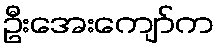
ဦးအေးကျော်က